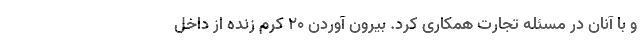
و با آنان در مسئله تجارت همکاری کرد. بیرون آوردن 20 کرم زنده از داخل